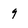
Character: 9